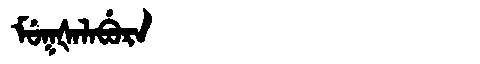
Manchu: ᠮᡠᡴᡧᠠᠯᠠᠪᡠᡵᠠ
Romanization: MUKŠALABURA